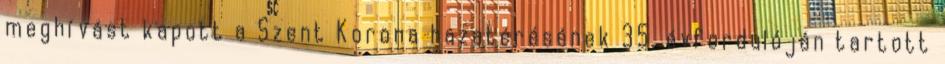
meghívást kapott a Szent Korona hazatérésének 35. évfordulóján tartott